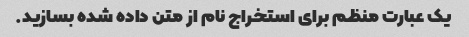
یک عبارت منظم برای استخراج نام از متن داده شده بسازید.